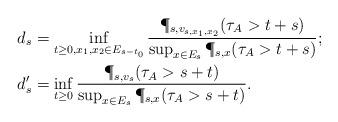
LaTeX: \begin{align*}&d_{s} = \inf_{t \geq 0,x_1,x_2 \in E_{s-t_0}} \frac{\P_{s,v_{s,x_1,x_2}}(\tau_{A }> t+s)}{\sup_{x \in E_{s}} \P_{s,x}(\tau_{A} > t+s)};\\&d'_{s} = \inf_{t \geq 0} \frac{\P_{s,v_{s}}(\tau_{A} > s+t)}{\sup_{x \in E_{s}} \P_{s,x}(\tau_{A} > s+t)}.\end{align*}